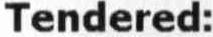
TENDERED: